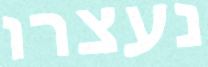
נעצרו